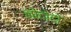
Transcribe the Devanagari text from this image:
नोदोदो